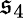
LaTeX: \mathfrak{s}_{4}